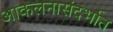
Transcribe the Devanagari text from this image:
आकलनासंदर्भात